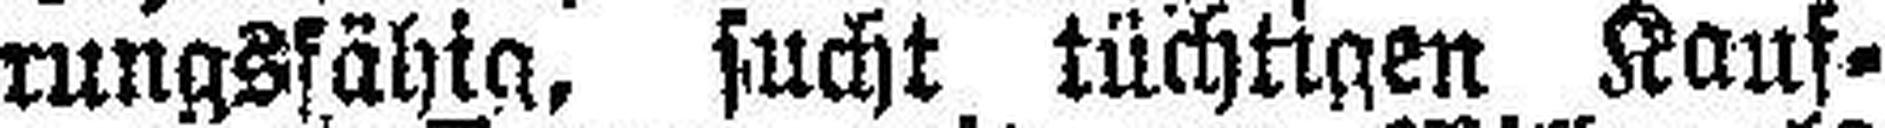
rungsfähig, sucht tüchtigen Kauf=